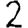
Digit: 2